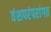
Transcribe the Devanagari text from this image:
वंशपरंपरांगत